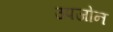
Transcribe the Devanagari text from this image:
उपजोन